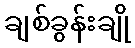
ချစ်ခွန်းချို